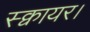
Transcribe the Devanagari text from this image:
स्क्वायर।